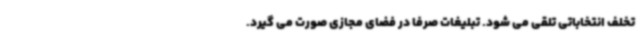
تخلف انتخاباتی تلقی می شود. تبلیغات صرفا در فضای مجازی صورت می گیرد.